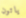
ياتون